Vital statistics of India. Vol. IV, Annual returns from 1871 to 1876. British Army of India, Native Army and jails of Bengal
Year: 1871
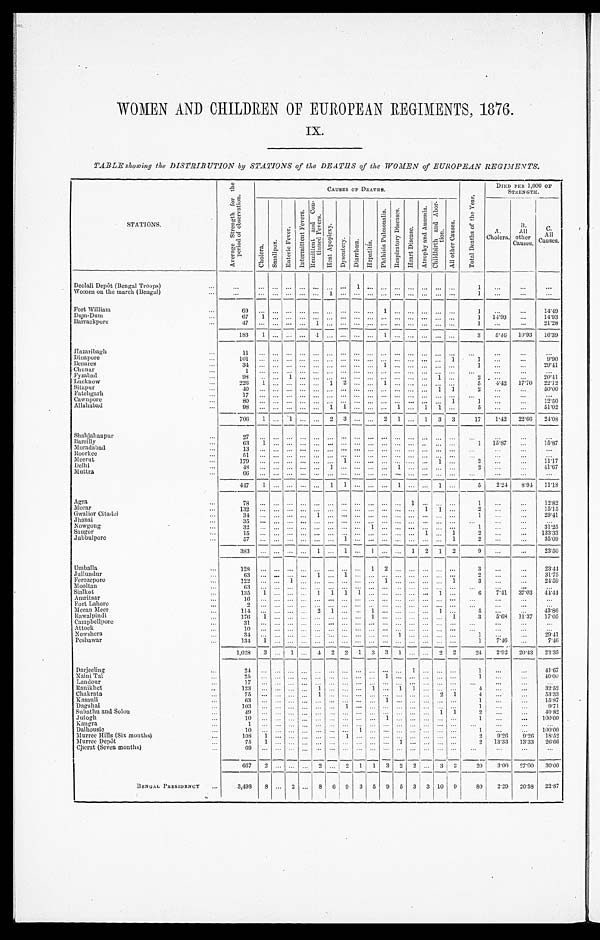
WOMEN AND CHILDREN OF EUROPEAN REGIMENTS, 1876.
IX.
TABLE showing the DISTRIBUTION by STATIONS of the DEATHS of the WOMEN of EUROPEAN REGIMENTS.
STATIONS.
Average Strength for the
period of observation. C A U S E S O F D E A T H S .
T o t a l D e a t h s o f t h e Y e a r .
DIED PER 1,000 OF
STRENGTH.
C h o l e r a .
S m a l l p o x .
E n t e r i c F e v e r .
I n t e r m i t t e n t F e v e r s .
R e m i t t e n t a n d C o n -
t i n u e d F e v e r s .
H e a t A p o p l e x y .
D y s e n t e r y . D i a r r h œ a . H e p a t i t i s .
P h t h i s i s P u l m o n a l i s .
R e s p i r a t o r y d i s e a s e s . H e a r t D i s e a s e s .
A t r o p h y a n d A n æ m i a . C h i l d b i r t h a n d A b o r -
tion.
A l l o t h e r C a u s e s .
A.
Cholera. B. All other Causes.
C .
All
Causes.
Deolali Depôt (Bengal Troops)
1
1
Women on the the march (Bengal)
1
1
Fort William
69
1
1
14.49
Dum-Dum
67 1
1
14.93
14.39
Barrackpore
4 7
1
1
21.28
183 1
1
1
3 5.46 10.93 16.39
Hazaribagh
11
Dinapore
101
1
1
9.90
Benares
34
1
1
29.41
Chunar
1
Fyzabad
98
1
1
2
20.41
Lucknow
226 1
1 2
1
5 4.42 17.70 22.12
Sitapur
40
1 1
2
50.00
Fatehgarh
1 7
Cawnpore
80
1
1
12.50
Allahabad
98
1 1
1
1 1
5
51.02
706 1
1
2 3
2 1
1 3 3 17 1.42 22.66 24.08
Shahjahanpur
2 7
B a r e i l l y
63 1
1 15.87
15.87
Moradabad
13
Roorkee
51
Meerut
179
1
1
2
11.17
Delhi
4 8
1
1
2
41.67
Muttra
66
447
1
1 1
1
1
5 2.24 8.94 11.18
Agra
78
1
1
12.82
Morar
132
1 1
2
15.11
Gwalior Citadel
34
1
1
29.41
Jhansi
35
Nowgong
32
1
1
31.25
Saugor
15
1
1
2
133.33
Jubbulpore
57
1
1
2
35.09
383
1
1 1
1 2 1 2
9
23.50
Umballa
128
1 2
3
23.44
Jullundur
63
1
1
2
31.75
Ferozepore
122
1
1
1
3
24.59
Mooltan
63
Sialkot
135 1
1 1 1 1
1
6 7.41 37.03 44.44
Amritsar
16
Fort Lahore
2
Meean Meer
114
2 1
1
1
5
43.86
Rawalpindi
176 1
1
1
3 5.68 11.37 17.05
Campbellpore
31
Attock
10
Nowshera
34
1
1
29.41
Peshawar
134 1
1 7.46
7.46
1,028 3
1
4 2 2 1 3 3 1
2 2
24 2.92 20.43 23.35
Darjeeling
24
1
1
41.67
Naini Tal
2 5
1
1
40.00
Landour
17
Ranikhet
123
1
1 1 1
4
32.52
Chakrata
75
1
2 1
4
53.33
Kasauli
63
1
1
15.87
Dagshai
103
1
1
9.71
Subathu and Solon
49
1 1
2
40.82
Jutogh
10
1
1
100.00
Kangra
1
Dalhousie
10
1
1
100.00
Murree Hills (Six months)
108 1
1
2 9.26 9.26 18.52
Murree Depôt
75 1
1
2 13.33 13.33 26.66
Cherat (Seven months)
6 9
667
2
2
2 1 1 3 2 2
3
2
20 3.00 27.00 30.00
B E N G A L P R E S I D E N C Y
3,498 8
2
8 6 9 3 5 9 5 3 3 10 9
80 2.29 20.58 22.87